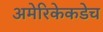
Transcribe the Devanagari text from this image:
अमेरिकेकडेच